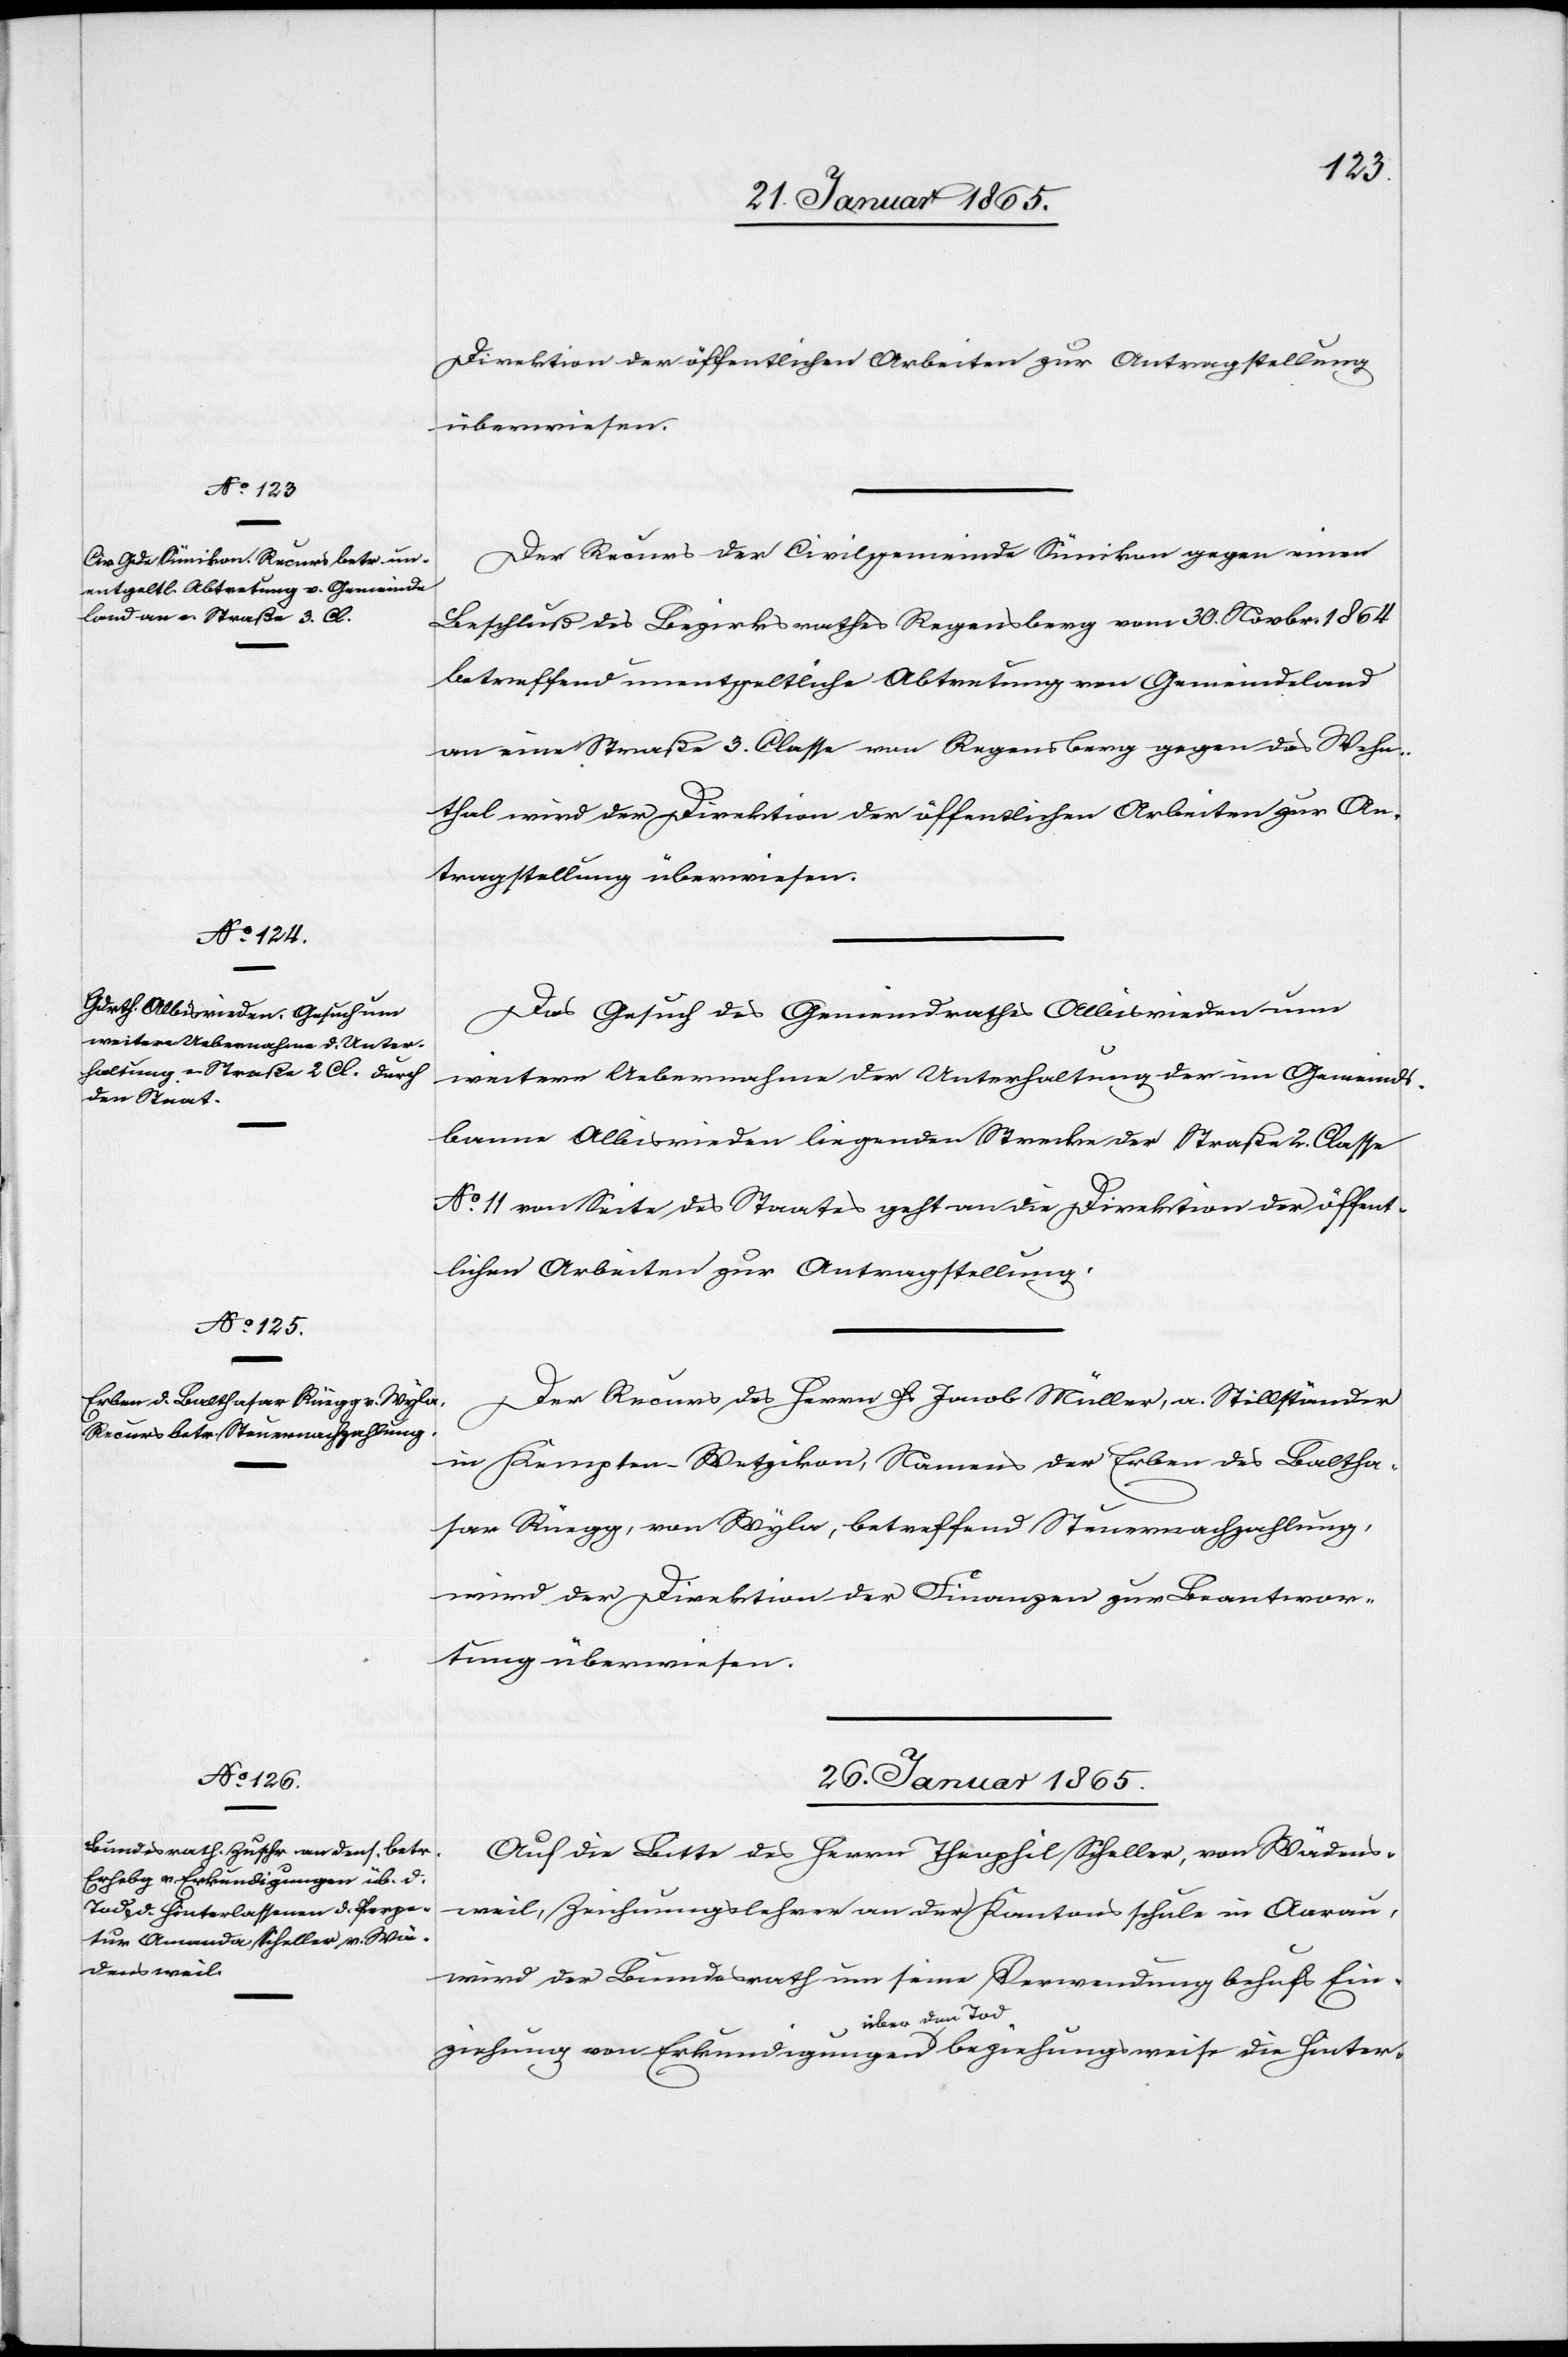
Direktion der öffentlichen Arbeiten zur Antragstellung
überwiesen.
Der Recurs der Civilgemeinde Sünikon gegen einen
Beschluß des Bezirksrathes Regensberg vom 30. Novbr. 1864
betreffend unentgeltliche Abtretung von Gemeindeland
an eine Straße 3. Classe von Regensberg gegen das Wehn¬
thal wird der Direktion der öffentlichen Arbeiten zur An¬
tragstellung überwiesen.
Das Gesuch des Gemeindrathes Albisrieden um
weitere Uebernahme der Unterhaltung der im Gemeinds¬
banne Ablisrieden liegenden Strecke der Straße 2. Classe
No 11 von Seite des Staates geht an die Direktion der öffent¬
lichen Arbeiten zur Antragstellung.
Der Recurs des Herrn H. Jacob Müller, a. Stillständer
in Kempten-Wetzikon, Namens der Erben des Baltha¬
sar Rüegg, von Wyla, betreffend Steuernachzahlung,
wird der Direktion der Finanzen zur Beantwor¬
tung überwiesen.
26. Januar 1865.
Auf die Bitte des Herrn Theophil Scheller, von Wädens¬
weil, Zeichnungslehrer an der Kantonsschule in Aarau,
wird der Bundesrath um seine Verwendung behufs Ein¬
ziehung von Erkundigungen über den Tod beziehungsweise die Hinter-